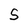
Character: S